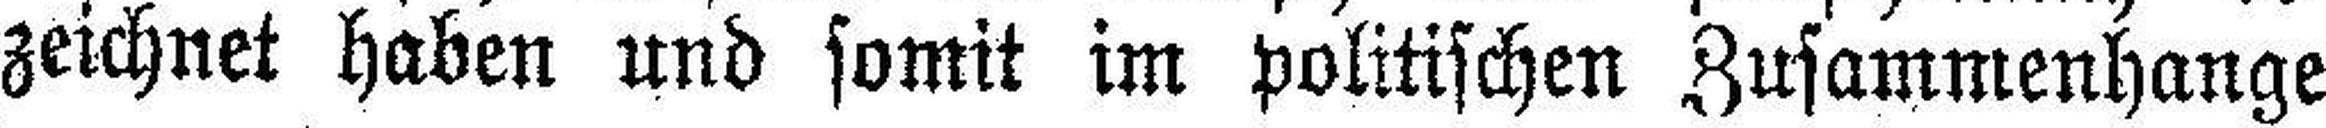
zeichnet haben und somit im politischen Zusammenhange